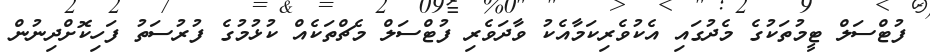
ފުޓްސަލް ޓީމުތަކުގެ މެދުގައި އެކުވެރިކަމާއެކު ވާދަވެރި ފުޓްސަލް މެޗްތަކެއް ކުޅުމުގެ ފުރުސަތު ފަހިކޮށްދިނުން